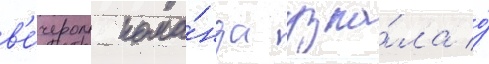
в'е́чером кома́нда узна́ла о́